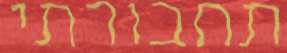
תחבורתי